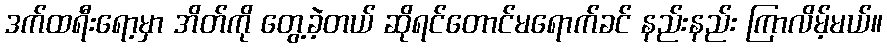
ဒက်ထရီးရော့မှာ အိတ်ကို တွေ့ခဲ့တယ် ဆိုရင်တောင်မရောက်ခင် နည်းနည်း ကြာလိမ့်မယ်။